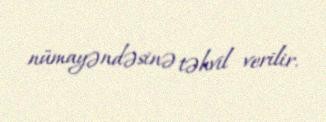
nümayəndəsinə təhvil verilir.